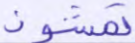
تمشون